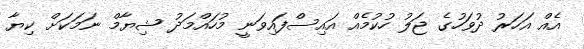
އެއް އަހަރު ދުވަހުގެ ޖަލު ހުކުމެއް އައިސްފައިވަނީ މުހައްމަދު ޝިޔާމް ނަމަކަށް ކިޔާ